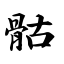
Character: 骷